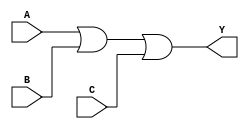
module OR_gate(
    input wire A,
    input wire B,
    input wire C,
    output reg Y
);

// Combinational logic blocks for a 3-input OR gate
always @* begin
    Y = A | B | C;
end

endmodule